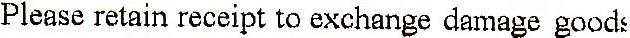
PLEASE RETAIN RECEIPT TO EXCHANGE DAMAGE GOODS